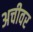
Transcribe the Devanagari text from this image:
अचीवर